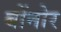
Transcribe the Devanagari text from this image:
बोंनोर